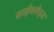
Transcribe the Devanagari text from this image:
साईक्लेड्स